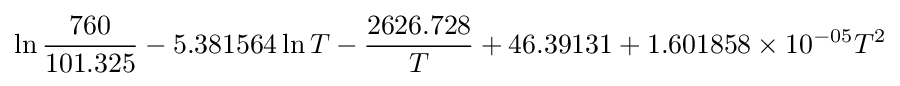
\ln {\frac {760}{101.325}}-5.381564\ln T-{\frac {2626.728}{T}}+46.39131+1.601858\times 10^{-05}T^{2}